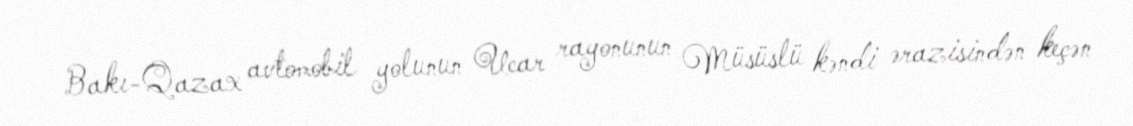
Bakı-Qazax avtomobil yolunun Ucar rayonunun Müsüslü kəndi ərazisindən keçən